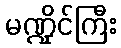
မဏ္ဍိုင်ကြီး